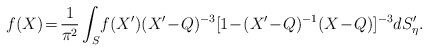
\begin{align*}f(X)\! =\! \frac{1}{\pi^{2}}\int_{S}\!f(X')(X'\!-\! Q)^{-3}[1\!-\! (X'\!-\!Q)^{-1}(X\!-\!Q)]^{-3}dS'_{\eta}.\end{align*}